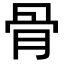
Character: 骨